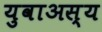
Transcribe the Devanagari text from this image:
युवाअस्य